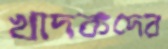
খাদকদের